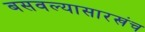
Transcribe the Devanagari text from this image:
बसवल्यासारखंच